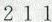
2 1 1